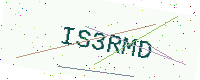
Text: IS3RMD